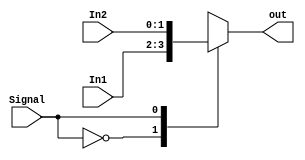
////////////////////////////////////////////////////////////////////////////////
// 2ECOM.023 - Laboratorio de Arquitetura e Organizacao de Computadores 1
// Modulo - Mux2to1Reg.v
// Descricao - Multiplexador do registrador
//
// Entradas:
// In1 - Primeira entrada do mux
// In2 - Segunda entrada do mux
// Signal - Seletor de saida
//
// Saidas:
// out - Entrada determinada pelo sinal
//
// Funcionamento: A partir do sinal adqurido do controle, escolhe-se qual entrada
// ira sair. Esse codigo esta com menos bits do que o mux 2:1 padrao
////////////////////////////////////////////////////////////////////////////////

module Mux2to1Reg(In1, In2, Signal, out);
input [1:0] In1, In2; 
input Signal;
output reg [1:0] out;

always @(In1, In2, Signal)
	case (Signal)
		0: out <= In1;
		1: out <= In2;
		default: out <= In2;
	endcase
endmodule